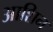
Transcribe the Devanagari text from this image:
आशिन